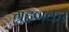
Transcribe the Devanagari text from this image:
ग्रहणकर